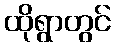
ထိုရွာတွင်